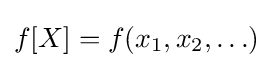
f[X]=f(x_{1},x_{2},\ldots )